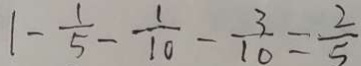
1 - \frac { 1 } { 5 } - \frac { 1 } { 1 0 } - \frac { 3 } { 1 0 } = \frac { 2 } { 5 }